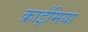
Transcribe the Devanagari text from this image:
क्राईमिया